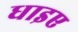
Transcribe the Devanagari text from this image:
धाइए